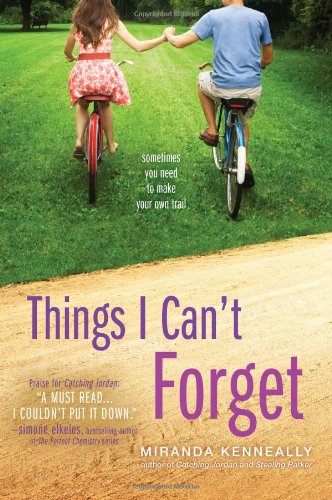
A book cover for Things I Can't Forget; Miranda Kenneally; Teen & Young Adult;